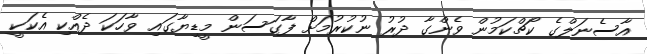
އާސެނަލްގެ ކޯޗްކަމުން ވެންގާ ދުރު ނުކުރުމަށް ފާގަސަން މީޑިޔާގައި ވާހަކަ ދެއްކި އެކަކީ